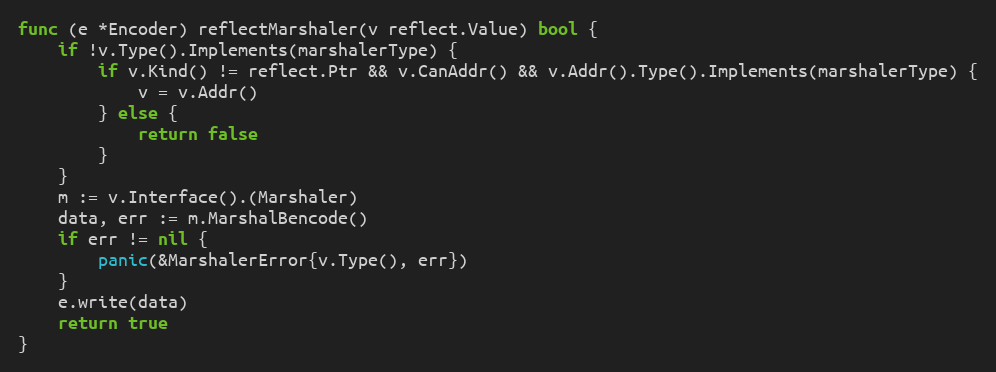
Language: Go
func (e *Encoder) reflectMarshaler(v reflect.Value) bool {
	if !v.Type().Implements(marshalerType) {
		if v.Kind() != reflect.Ptr && v.CanAddr() && v.Addr().Type().Implements(marshalerType) {
			v = v.Addr()
		} else {
			return false
		}
	}
	m := v.Interface().(Marshaler)
	data, err := m.MarshalBencode()
	if err != nil {
		panic(&MarshalerError{v.Type(), err})
	}
	e.write(data)
	return true
}